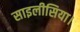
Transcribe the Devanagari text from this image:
साइलीसिया।